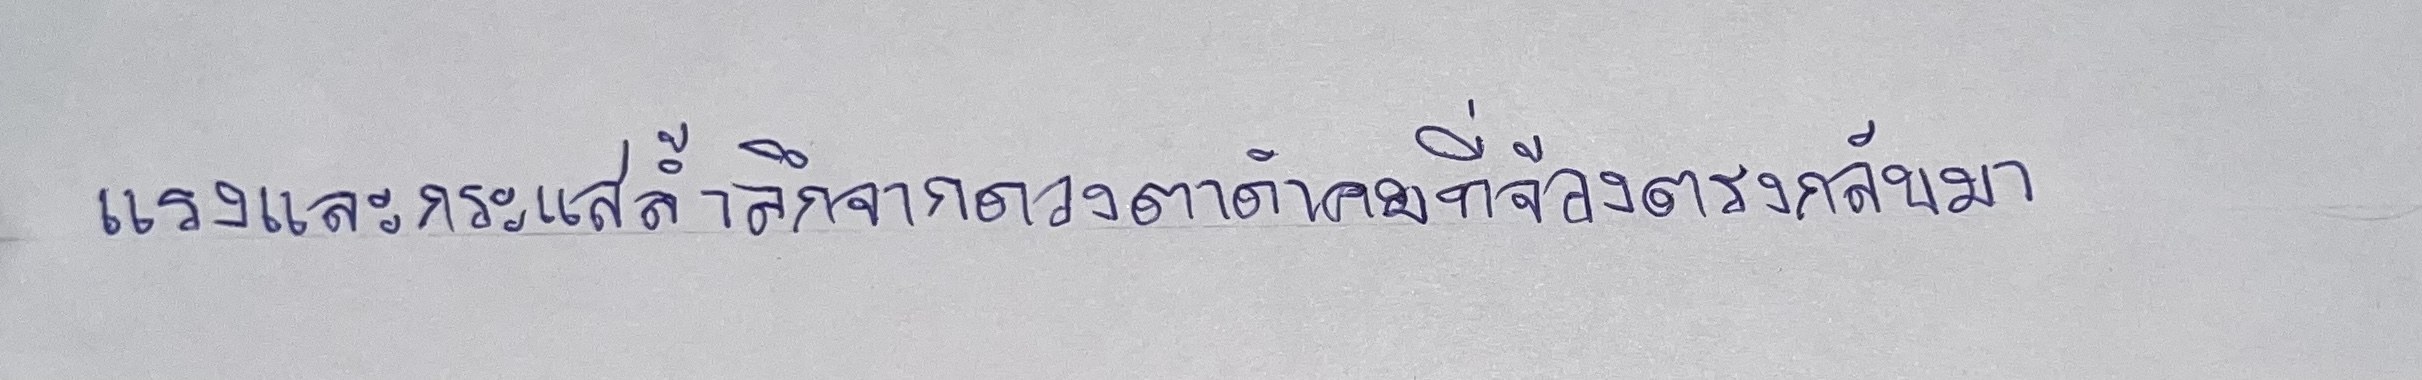
แรงและกระแสล้ำลึกจากดวงตาดำคมที่จ้องตรงกลับมา